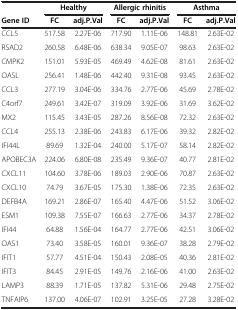
<table><thead><tr><td><b> </b></td><td colspan="2"><b>Healthy</b></td><td colspan="2"><b>Allergic rhinitis</b></td><td colspan="2"><b>Asthma</b></td></tr><tr><td><b>Gene ID</b></td><td><b>FC</b></td><td><b>adj.P.Val</b></td><td><b>FC</b></td><td><b>adj.P.Val</b></td><td><b>FC</b></td><td><b>adj.P.Val</b></td></tr></thead><tbody><tr><td>CCL5</td><td>517.58</td><td>2.27E-06</td><td>717.90</td><td>1.11E-06</td><td>148.81</td><td>2.63E-02</td></tr><tr><td>RSAD2</td><td>260.58</td><td>6.48E-06</td><td>638.34</td><td>9.05E-07</td><td>98.63</td><td>2.63E-02</td></tr><tr><td>CMPK2</td><td>151.01</td><td>5.93E-05</td><td>469.49</td><td>4.62E-08</td><td>81.61</td><td>2.63E-02</td></tr><tr><td>OASL</td><td>256.41</td><td>1.48E-06</td><td>442.40</td><td>9.31E-08</td><td>93.45</td><td>2.63E-02</td></tr><tr><td>CCL3</td><td>277.19</td><td>3.04E-06</td><td>334.76</td><td>2.77E-06</td><td>45.69</td><td>2.78E-02</td></tr><tr><td>C4orf7</td><td>249.61</td><td>3.42E-07</td><td>319.09</td><td>3.92E-06</td><td>31.69</td><td>3.62E-02</td></tr><tr><td>MX2</td><td>115.45</td><td>3.43E-05</td><td>287.26</td><td>8.56E-08</td><td>72.32</td><td>2.63E-02</td></tr><tr><td>CCL4</td><td>255.13</td><td>2.38E-06</td><td>243.83</td><td>6.17E-06</td><td>39.32</td><td>2.82E-02</td></tr><tr><td>IFI44L</td><td>89.69</td><td>1.32E-04</td><td>240.00</td><td>5.17E-07</td><td>58.14</td><td>2.82E-02</td></tr><tr><td>APOBEC3A</td><td>224.06</td><td>6.80E-08</td><td>235.49</td><td>9.36E-07</td><td>40.77</td><td>2.81E-02</td></tr><tr><td>CXCL11</td><td>104.60</td><td>3.78E-06</td><td>189.03</td><td>2.90E-06</td><td>70.87</td><td>2.63E-02</td></tr><tr><td>CXCL10</td><td>74.79</td><td>3.67E-05</td><td>175.30</td><td>1.38E-06</td><td>72.35</td><td>2.63E-02</td></tr><tr><td>DEFB4A</td><td>169.21</td><td>2.86E-07</td><td>165.40</td><td>4.47E-06</td><td>51.52</td><td>3.06E-02</td></tr><tr><td>ESM1</td><td>109.38</td><td>7.55E-07</td><td>166.63</td><td>2.77E-06</td><td>34.37</td><td>2.78E-02</td></tr><tr><td>IFI44</td><td>64.88</td><td>1.56E-04</td><td>164.77</td><td>2.77E-06</td><td>42.51</td><td>3.06E-02</td></tr><tr><td>OAS1</td><td>73.40</td><td>3.58E-05</td><td>160.01</td><td>9.36E-07</td><td>38.28</td><td>2.79E-02</td></tr><tr><td>IFIT1</td><td>57.77</td><td>4.51E-04</td><td>150.43</td><td>2.08E-05</td><td>40.36</td><td>2.81E-02</td></tr><tr><td>IFIT3</td><td>84.45</td><td>2.91E-05</td><td>149.76</td><td>2.16E-06</td><td>41.00</td><td>2.63E-02</td></tr><tr><td>LAMP3</td><td>88.39</td><td>1.71E-05</td><td>137.82</td><td>5.31E-06</td><td>29.48</td><td>2.75E-02</td></tr><tr><td>TNFAIP6</td><td>137.00</td><td>4.06E-07</td><td>102.91</td><td>3.25E-05</td><td>27.28</td><td>3.28E-02</td></tr></tbody></table>